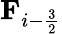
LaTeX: \textbf{F}_{i-\frac{3}{2}}